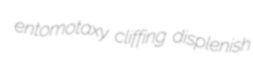
entomotaxy cliffing displenish